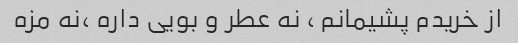
از خریدم پشیمانم ، نه عطر و بویی داره ،نه مزه